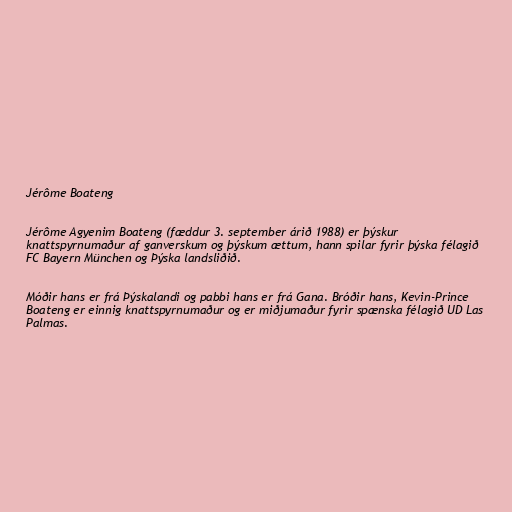
Jérôme Boateng

Jérôme Agyenim Boateng (fæddur 3. september árið 1988) er þýskur
knattspyrnumaður af ganverskum og þýskum ættum, hann spilar fyrir þýska félagið
FC Bayern München og Þýska landsliðið.

Móðir hans er frá Þýskalandi og pabbi hans er frá Gana. Bróðir hans, Kevin-Prince
Boateng er einnig knattspyrnumaður og er miðjumaður fyrir spænska félagið UD Las
Palmas.